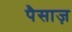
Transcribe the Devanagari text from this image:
पैसाज़